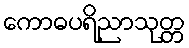
ကောဓပရိညာသုတ္တ